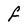
Character: f